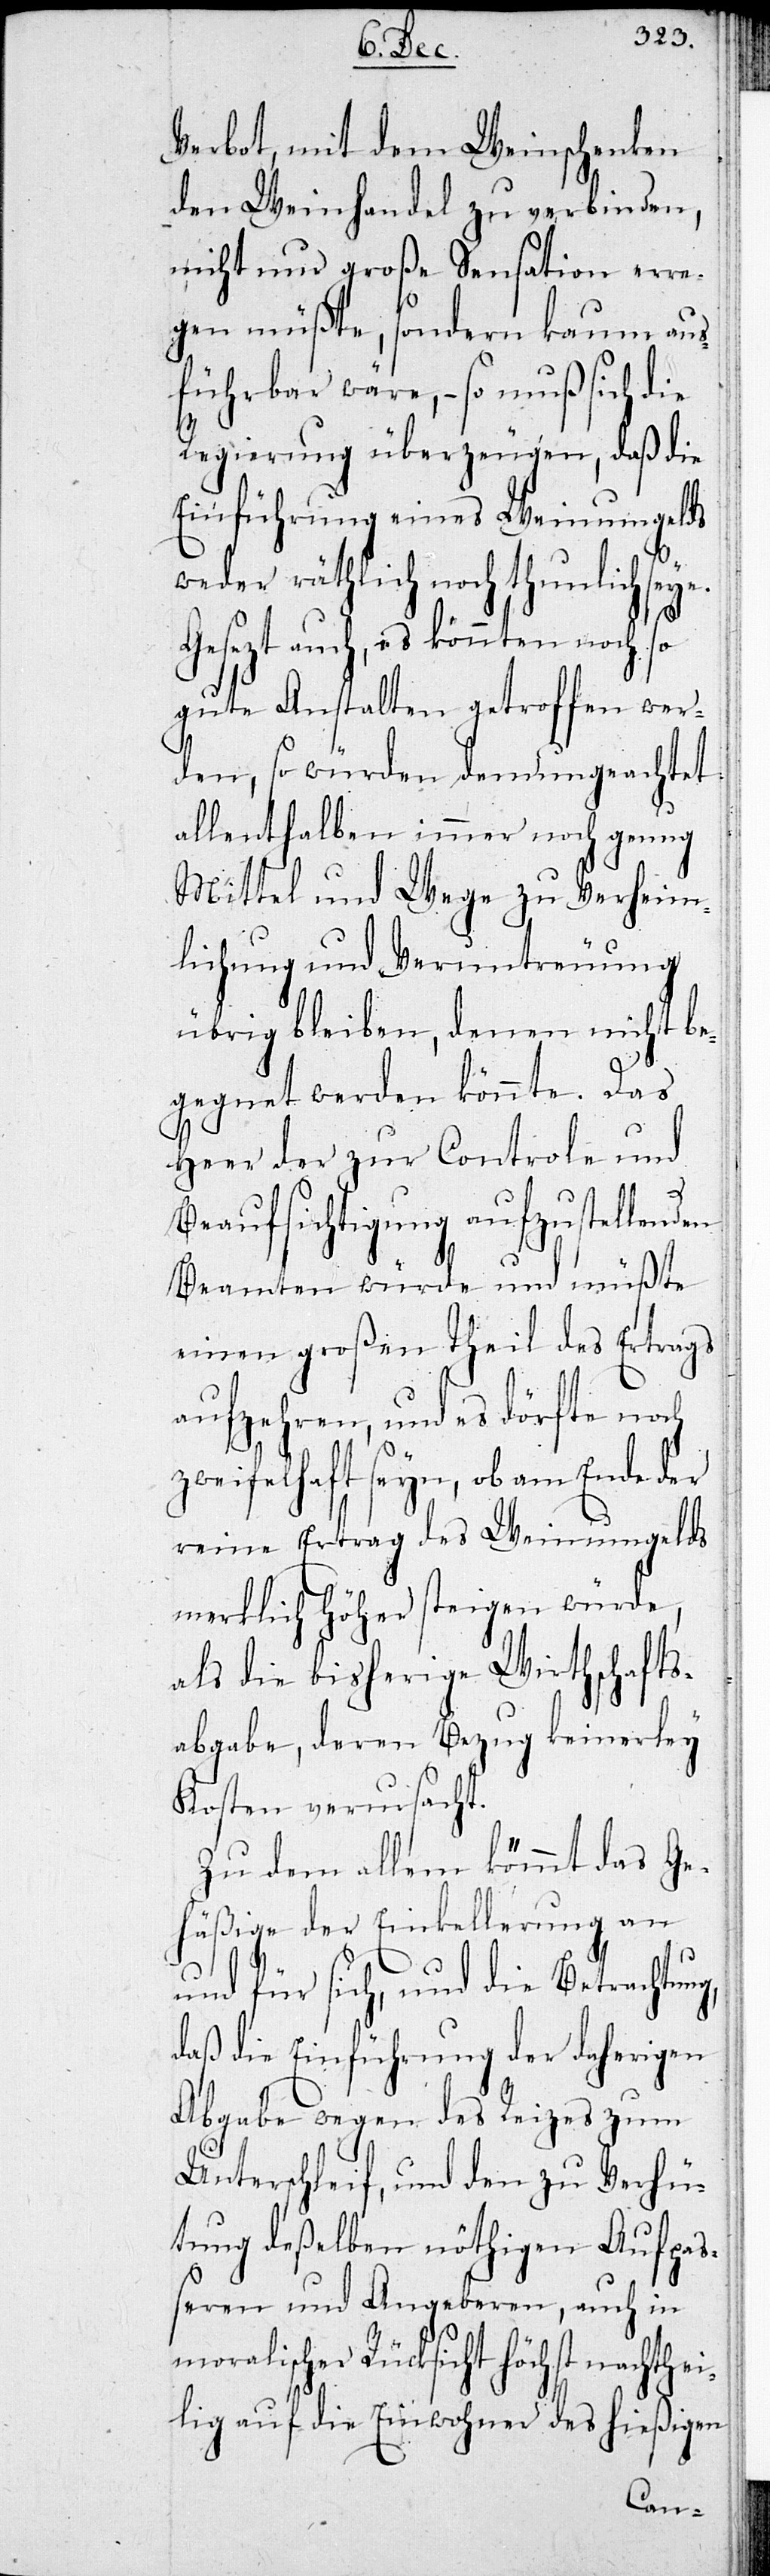
Verbot, mit dem Weinschenken
den Weinhandel zu verbinden,
nicht nur große Sensation erre¬
gen müßte, sondern kaum aus¬
führbar wäre, – so muß sich die
Regierung überzeugen, daß die
Einführung eines Weinumgelds
weder räthlich noch thunlich se¬
Gesezt auch, es könnten noch so
gute Anstalten getroffen wer¬
den, so würden demungeachtet
allenthalben immer noch genug
Mittel und Wege zu Verheim¬
lichung und Veruntreuung
übrig bleiben, denen nicht be¬
gegnet werden könnte. Das
Heer der zur Controle und
g,
Beaufsichtigung aufzustellenden
Beamten würde und müßte
einen großen Theil des Ertrags
aufzehren, und es dörfte noch
zweifelhaft seyn, ob am Ende der
reine Ertrag des Weinumgelds
merklich höher steigen würde,
als die bisherige Wirthschafts¬
abgabe, deren Bezug keinerley
Kosten verursacht.
Zu dem allem kömmt das Ge¬
häßige der Einkellerung an
und für sich, und die Betrachtun¬
daß die Einführung der daherigen
Abgabe wegen des Reizes zum
Unterschleif, und den zu Verhü¬
tung deßelben nöthigen Aufpaß¬
eren und Angeberen, auch in
moralischer Rücksicht höchst nachthei¬
lig auf die Einwohner des hießigen